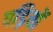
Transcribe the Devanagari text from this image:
पड़ियों